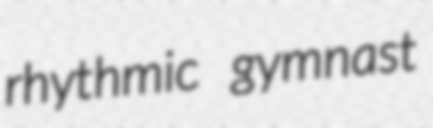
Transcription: rhythmic gymnast